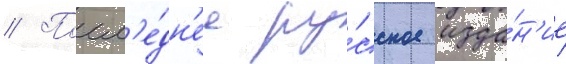
// Посл'е́дн'ее ру́сское изда́н'ие